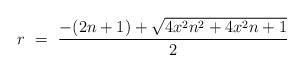
LaTeX: \begin{align*} r \ = \ \frac{-(2n+1) + \sqrt{4x^2n^2+4x^2n+1}}{2}\end{align*}